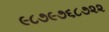
૯૮૭૯૭૬૮૭૨૨